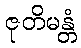
ဇုတိမန္တံ